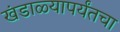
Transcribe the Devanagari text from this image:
खंडाळ्यापर्यंतचा